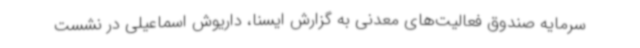
سرمایه صندوق فعالیت‌های معدنی به گزارش ایسنا، داریوش اسماعیلی در نشست